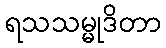
ရသသမ္မုဒိတာ